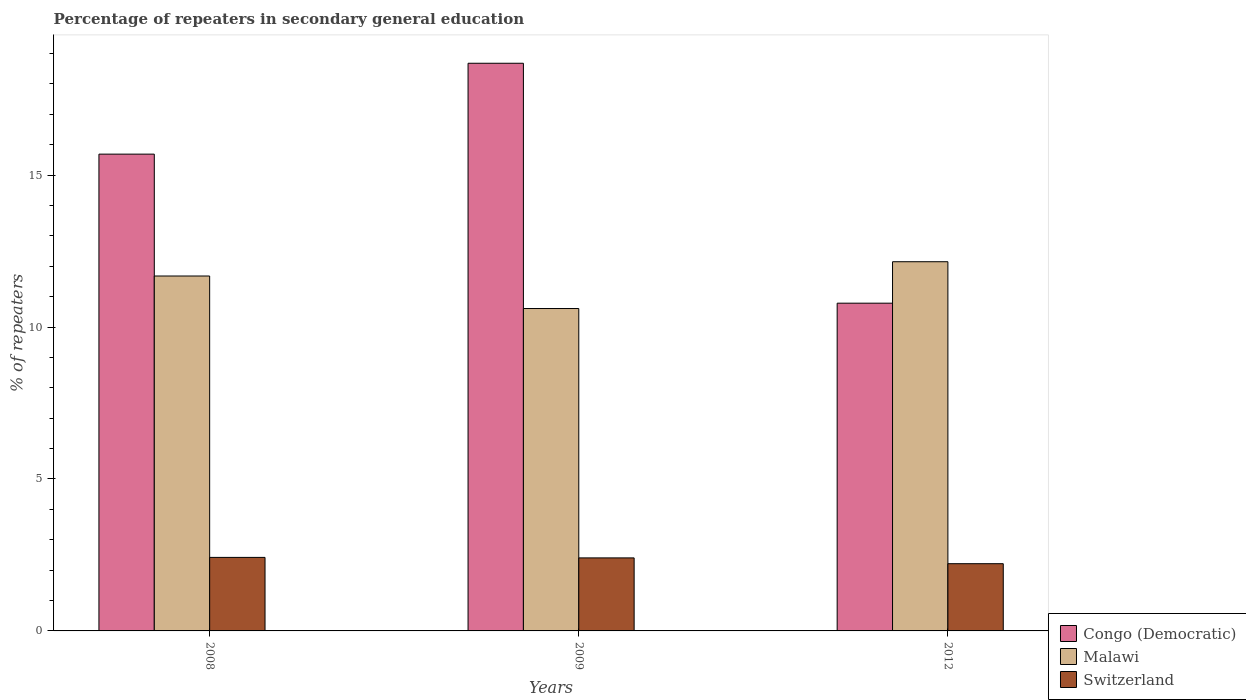
| Years | Congo (Democratic) | Malawi | Switzerland |
 | --- | --- | --- | --- |
 | 2008 | 15.7 | 11.7 | 2.42 |
 | 2009 | 18.7 | 10.6 | 2.4 |
 | 2012 | 10.8 | 12.1 | 2.21 |